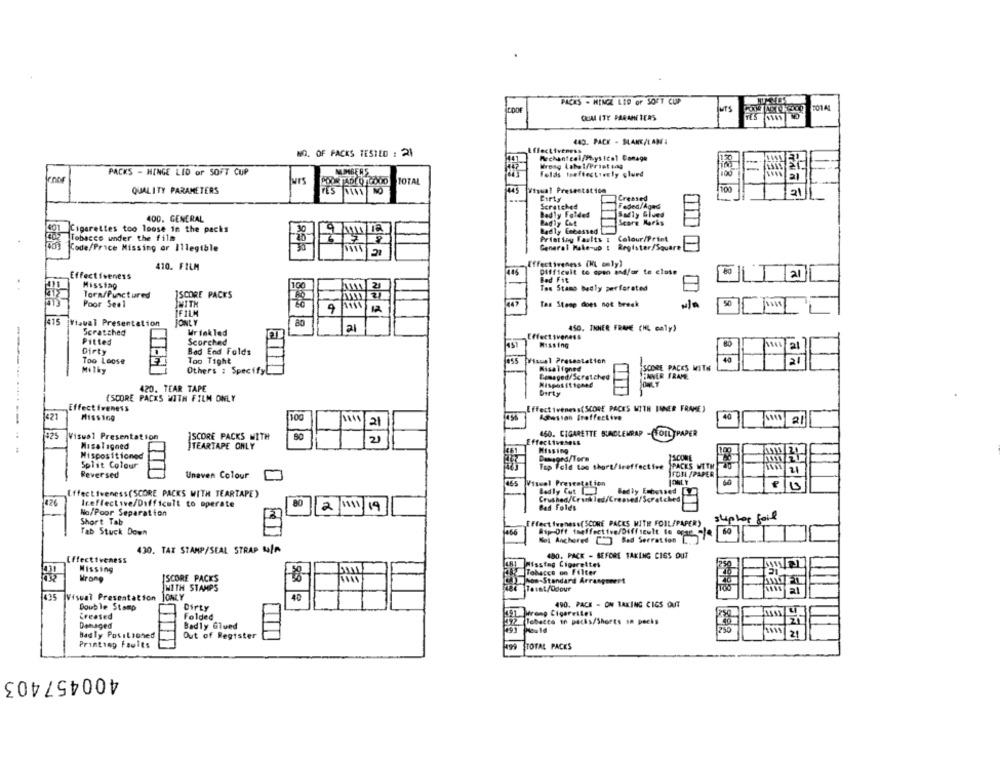
PACKS - MINCE LED or SOFT CUP
MTS
CUAL ITY PARAMETERS
449. PACK - MANE/LAMI
NO. OF PACKS TESTED : 21
Iveness
Wrong Label/Frist sag
PACKS - HINGE LID or SOFT CUP
felds toeffectively glued
Jurs
TOTAL
QUALITY PARAMETERS
44
Visual Presentation
Birty
Creased
Scratched
Faded/Aged
Badly Folded
Sadly Glued
400. GENERAL
Score Marks
3
Badly Cut
Cigarettes too loose in the packs
Badly Enbassed
Tobacco under the film
Printing Faults &
Colour/Print
sa's
Code/Price Missing or Illegible
General Make-up : Register/Square
410. FILM
ffectiveness (HL only)
446
Difficult to apan and/or to close
al
Effectiveness
Bad Fit
Misstag
100
Tos Stamo badly perforated
Tora/Punctured
1SCORE PACKS
Poor Seel
JWITH
Tas Stomp does not break
9
BONLY
415 |visual Presentation
80
a
Scratched
Wrinkled
450. THNER FRAME (HL caly)
Pitted
Scorched
Dirty
Missing
al
Bad End Folds
4.0
Too Loose
Too Tight
Visual Presentation
2l
Milky
Others : SpecifyL
Misaligned
SCORE PACKS WITH
Damaged/Scratched
JENNER FRAME
420. TEAR TAPE
Nispositioned
Dirty
(SCORE PACKS WITH FILM ONLY
Effectiveness
Effectiveness(SCORE PACKS WITH LINER FRAME )
1421
Missing
100
ASwsion Iseffective
40
21
21
460. CIGARETTE BUNDLEWRAP - FOIL PAPER
1925
Visual Presentation
SCORE PACKS WITH
80
2
------------
Misaligned
TEARTAPE ONLY
Missing
Mispositioned
SCONE
Dansord/Ters
Split Colour
Tap Feld too short/ireffective
PACKS WITH
21
Reversed
Unaven Colour
FO3L /PAPER
Visual Presentation
Effectiveness(SCORE PACKS WITH TEARTAPE)
Badly Cut
Badly Embossed LY
426
80
Ireflective/Difficult to operate
2/1/11/19
Bad Folds
No/Poor Separation
skiphop fail
Short Tab
Ffect Iveness(SCORE PACKS WITH FOIL/PAPER)
Tab Stuck Down
(466
Ssp-Off ineffective/Difficult to orze
Nel Anchored [) Bad Serration 6
430. TAX STAMP/SEAL STRAP LaLA
480. PACK - BEFORE TAKING CIGS DUT
Effectiveness
Wissing
Missing Cigarettes
Tobacco on Filter
Wrong
SCORE PACKS
Non-Standard Arrangement
WITH STAMPS
Tavat/Odour
435
Visual Presentation
40
Double Stamp
Dirty
490. PACE - ON BAKING CIGS OUT
Creased
Folded
TTH Wrong Cigarettes
37 Tobacco in packs/Shorts in packs
Damaged
Badly Glued
Badly Positioned
Out of Register
Printing Faults
499
STOTAL PACKS
400457403